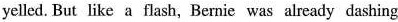
yelled. But like a flash, Bernic was already dashing